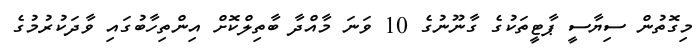
މިގޮތުން ސިޔާސީ ޕާޓީތަކުގެ ގާނޫނުގެ 10 ވަނަ މާއްދާ ބާތިލްކޮށް އިންތިހާބުގައި ވާދަކުރުމުގެ